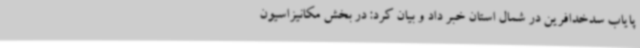
پایاب سدخدافرین در شمال استان خبر داد و بیان کرد: در بخش مکانیزاسیون